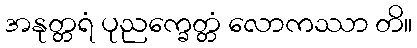
အနုတ္တရံ ပုညက္ခေတ္တံ လောကဿာ တိ။